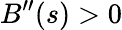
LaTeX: B^{\prime\prime}(s)>0